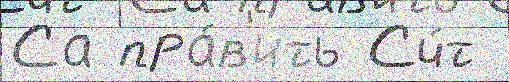
Са пра́в'ить Сч́т